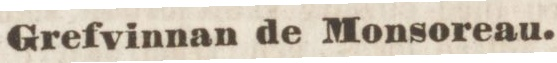
Grefvinnan de Monsoreau.